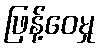
ဖြန့်ဝေမှု